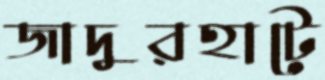
জাদুরহাটে